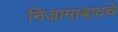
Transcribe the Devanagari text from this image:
निजामाबादचे